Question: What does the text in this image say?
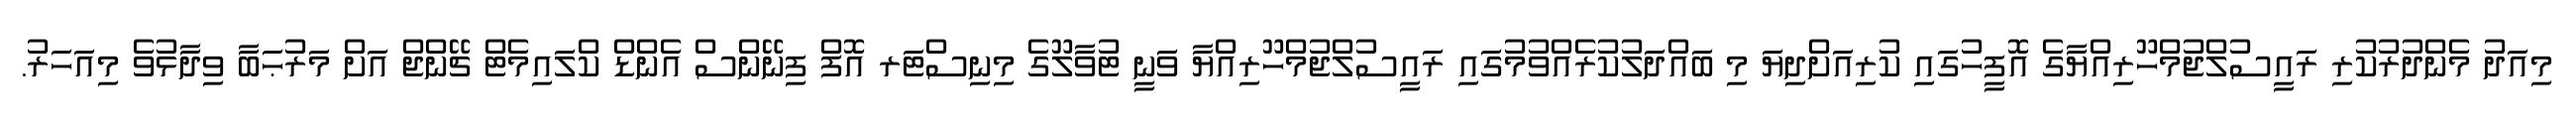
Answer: މިއަދު މެންދުރުކުރި ރައީސުލްޖުމްހޫރިއްޔާގެ އޮފީހުގައި ކުރިއަށްދިޔަ މި ބައްދަލުކުރެއްވުމުގައި ރައީސުލްޖުމްހޫރިއްޔާ ވަނީ ޓުވާލޫގެ މިނިސްޓަރ އޮފް ފިނޭންސް އެންޑް ކްލައިމެޓް ޗޭންޖް އަށް މަރުޙަބާ ވިދާޅުވެ މިއަހަރު.